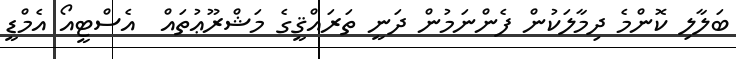
ބަލާލި ކޮންމެ ދިމާލަކުން ފެންނަމުން ދަނީ ތަރައްޤީގެ މަޝްރޫޢުތައް  އެސްޓީއޯ އެމްޑީ